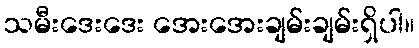
သမီးဒေးဒေး အေးအေးချမ်းချမ်းရှိပါ။